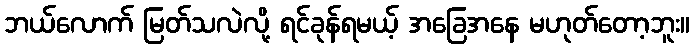
ဘယ်လောက် မြတ်သလဲလို့ ရင်ခုန်ရမယ့် အခြေအနေ မဟုတ်တော့ဘူး။